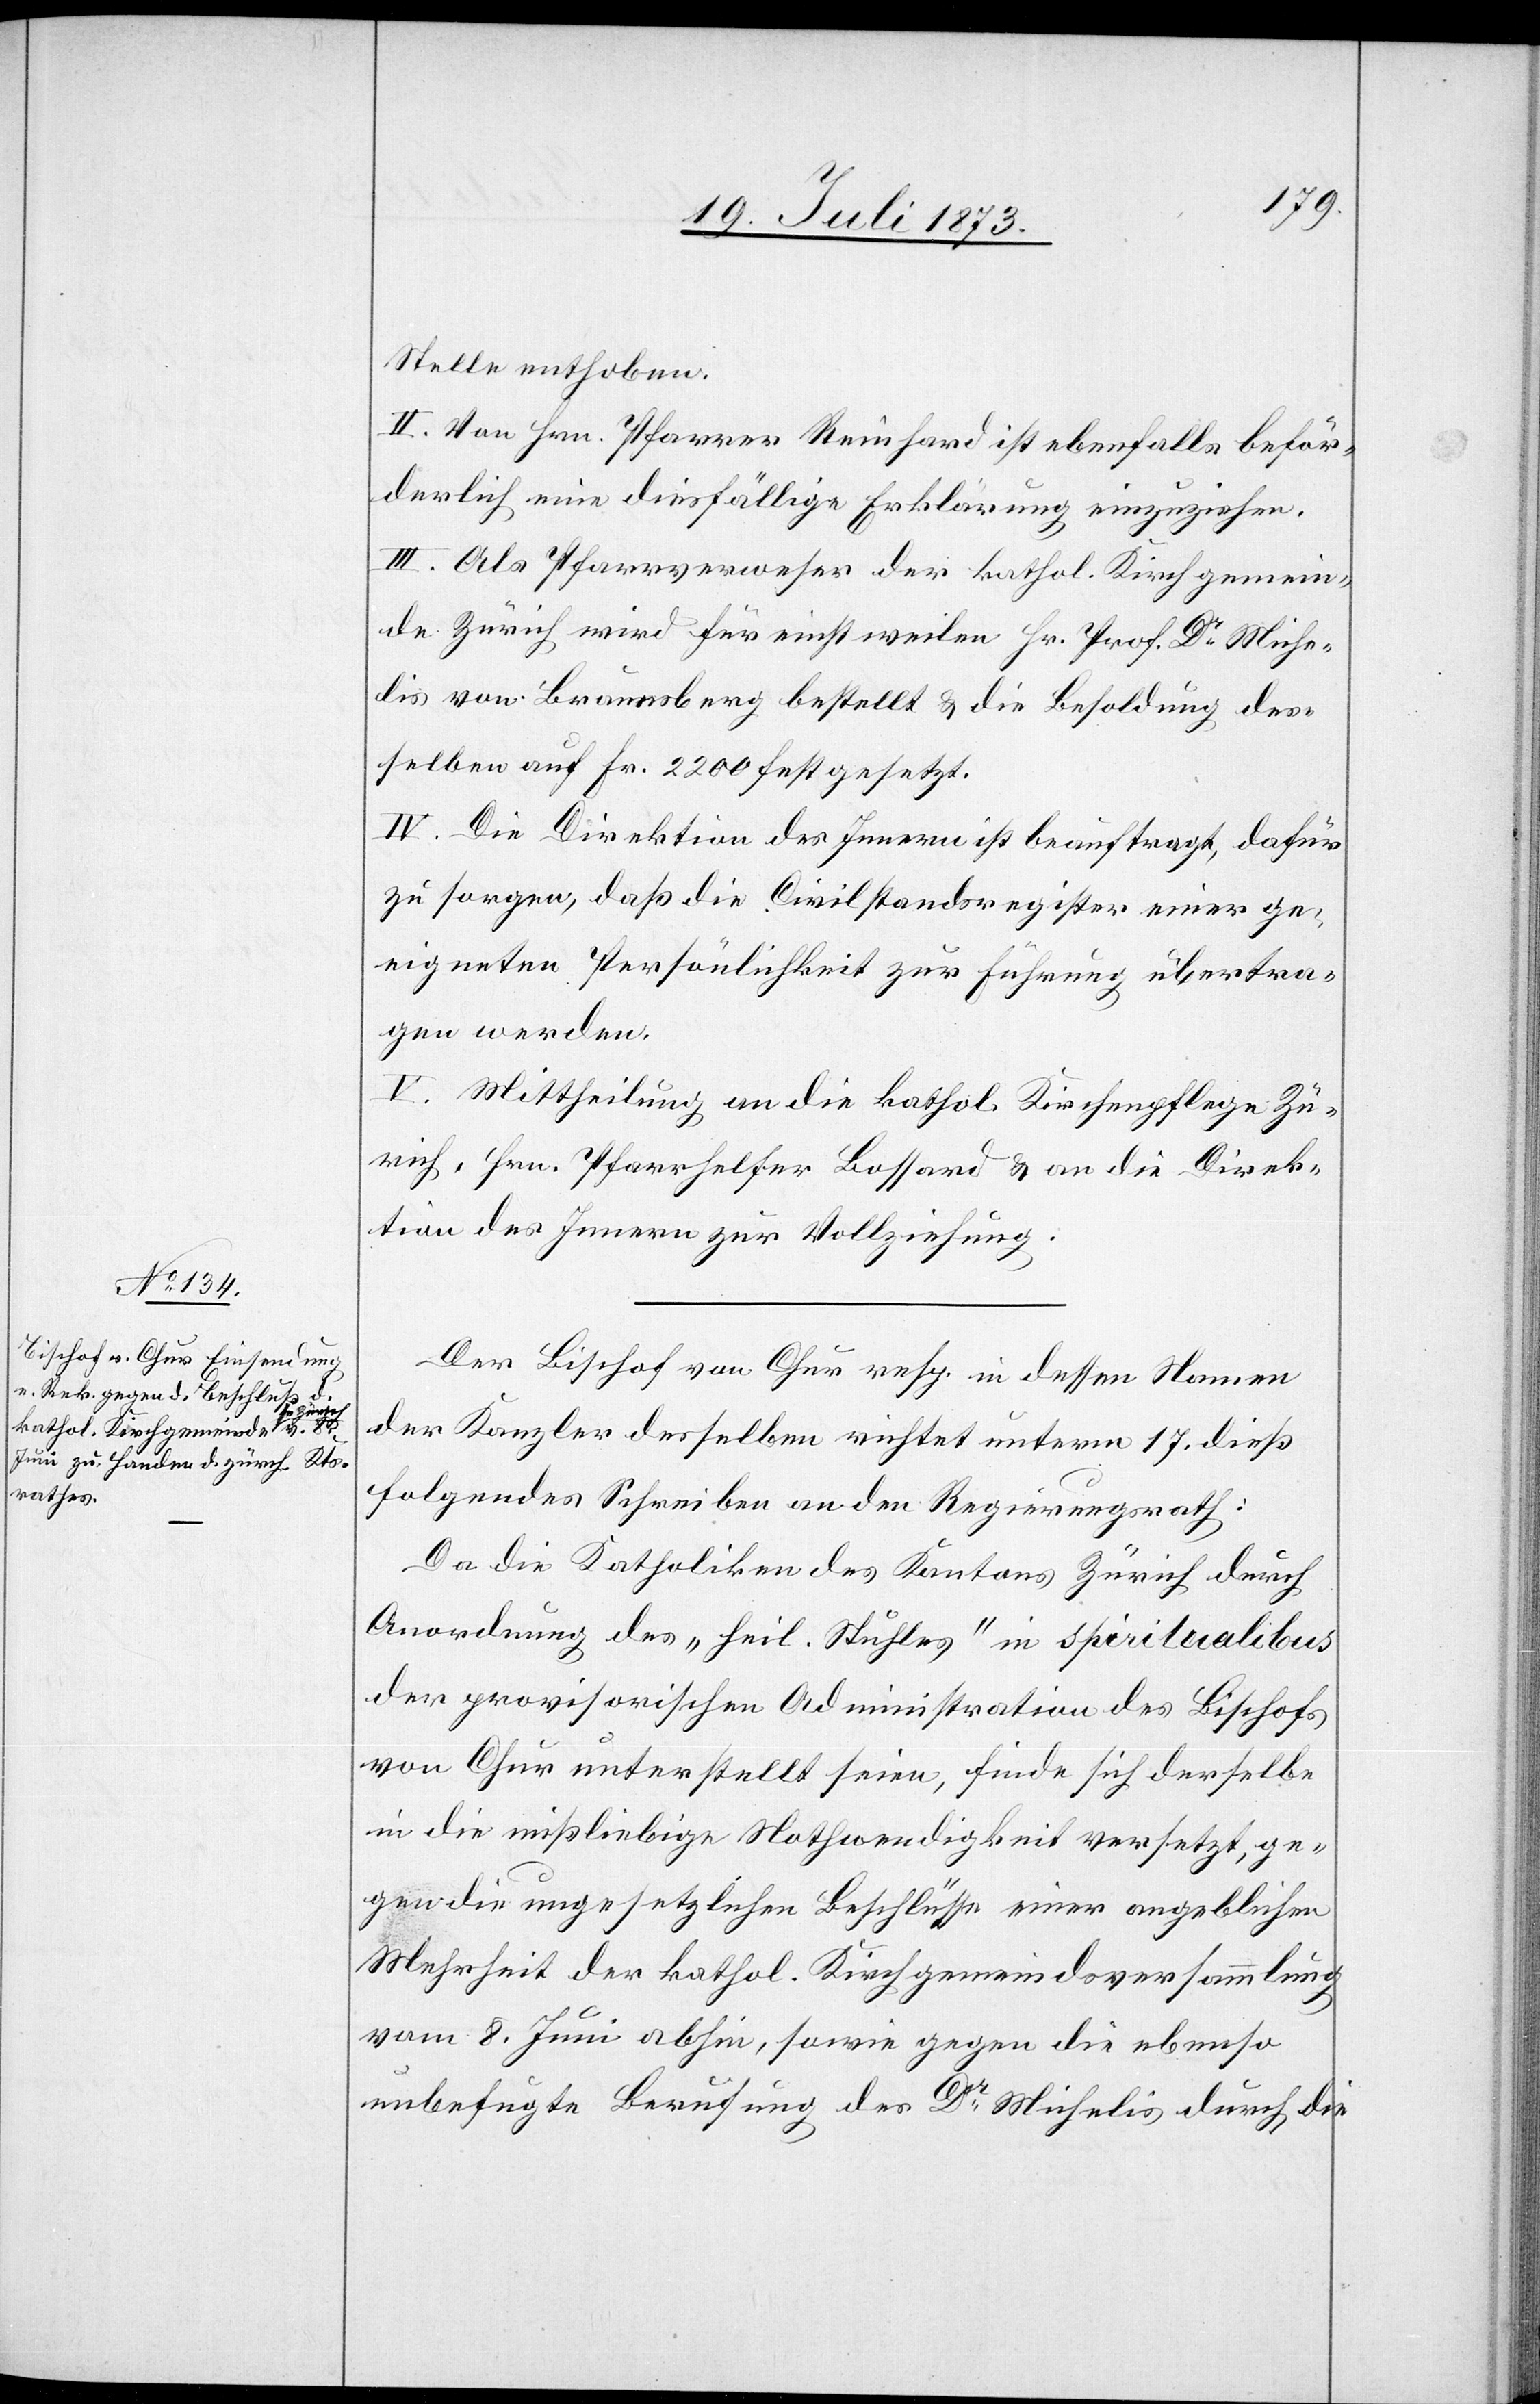
Stelle enthoben.
II. Von Hrn. Pfarrer Reinhard ist ebenfalls beför¬
derlich eine diesfällige Erklärung einzuziehen.
III. Als Pfarrverweser der kathol. Kirchgemein¬
de Zürich wird für einstweilen Hr. Prof. Dr Miche¬
lis von Braunsberg bestellt & die Besoldung des¬
selben auf Fr. 2 200 fest gesetzt.
IV. Die Direktion des Innern ist beauftragt, dafür
zu sorgen, daß die Civilstandsregister einer ge¬
eigneten Persönlichkeit zur Führung übertra¬
gen werden.
V. Mittheilung an die kathol. Kirchenpflege Zü¬
rich, Hrn. Pfarrhelfer Bossard & an die Direk¬
tion des Innern zur Vollziehung.
Der Bischof von Chur resp. in dessen Namen
der Kanzler desselben richtet unterm 17. dieß
folgendes Schreiben an den Regierungsrath:
Da die Katholiken des Kantons Zürich durch
Anordnung des „heil. Stuhles“ in spiritualibus
der provisorischen Administration des Bischofs
von Chur unterstellt seien, finde sich derselbe
in die mißliebige Nothwendigkeit versetzt, ge¬
gen die ungesetzlichen Beschlüsse einer angeblichen
Mehrheit der kathol. Kirchgemeindsversammlung
vom 8. Juni abhin, sowie gegen die ebenso
unbefugte Berufung des Dr Michelis durch die